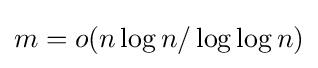
m=o(n\log n/\log \log n)